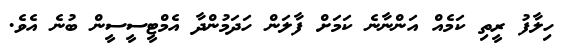
ހިލާފު ރީތި ކަމެއް އަންނާނެ ކަމަށް ފާލަން ހަދަމުންދާ އެމްޓީސީސީން ބުނެ އެވެ.